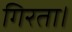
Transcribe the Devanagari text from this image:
गिरता।